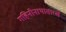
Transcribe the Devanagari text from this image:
गहिनीनाथासारखे